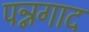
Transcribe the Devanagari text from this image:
पन्नगाद